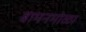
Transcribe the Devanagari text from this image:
बामनमोळा